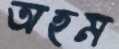
অহম